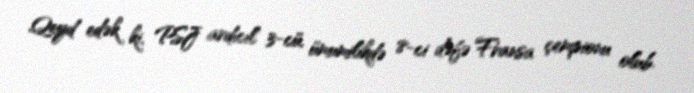
Qeyd edək ki, PSJ ardıcıl 3-cü, ümumilikdə 8-ci dəfə Fransa çempionu olub.